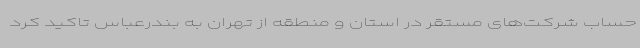
حساب شرکت‌های مستقر در استان و منطقه از تهران به بندرعباس تاکید کرد